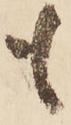
も